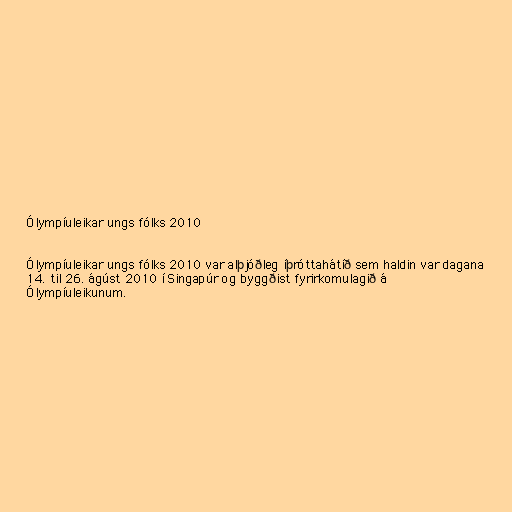
Ólympíuleikar ungs fólks 2010

Ólympíuleikar ungs fólks 2010 var alþjóðleg íþróttahátíð sem haldin var dagana
14. til 26. ágúst 2010 í Singapúr og byggðist fyrirkomulagið á
Ólympíuleikunum.